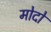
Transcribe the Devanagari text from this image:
मोदो